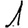
Digit: 1